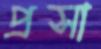
প্রসা